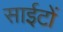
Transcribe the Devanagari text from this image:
साईटों